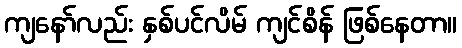
ကျနော်လည်း နှစ်ပင်လိမ် ကျင်စိန် ဖြစ်နေတာ။